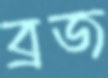
ব্রজ